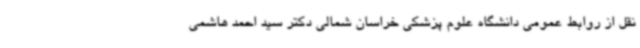
نقل از روابط عمومی دانشگاه علوم پزشکی خراسان شمالی دکتر سید احمد هاشمی